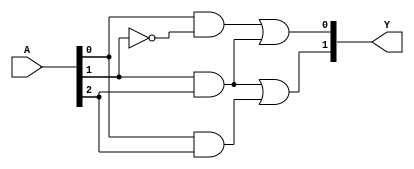
module PAL (
    input wire [N-1:0] A,      // Input vector (A1, A2, ..., An)
    output wire [M-1:0] Y      // Output vector (Y1, Y2, ..., Ym)
);

// Parameter definitions
parameter N = 4;              // Number of inputs
parameter M = 2;              // Number of outputs
parameter P = 3;              // Number of programmable AND gates

// Declare the programmable AND gates
wire [P-1:0] and_out;        // Outputs of the AND gates

// Example of programmable AND gate configurations
assign and_out[0] = A[0] & ~A[1];  // Example: A1 AND NOT A2
assign and_out[1] = A[1] & A[2];   // Example: A2 AND A3
assign and_out[2] = A[0] & A[2];   // Example: A1 AND A3

// Fixed OR gate configurations
assign Y[0] = and_out[0] | and_out[1]; // OR gate combining AND gate outputs for Y1
assign Y[1] = and_out[1] | and_out[2]; // OR gate combining AND gate outputs for Y2

endmodule